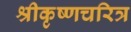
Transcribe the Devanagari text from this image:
श्रीकृष्णचरित्र